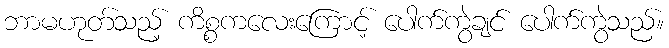
ဘာမဟုတ်သည့် ကိစ္စကလေးကြောင့် ပေါက်ကွဲချင် ပေါက်ကွဲသည်။